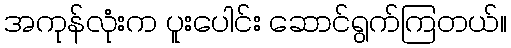
အကုန်လုံးက ပူးပေါင်း ဆောင်ရွက်ကြတယ်။